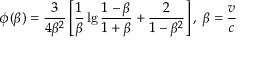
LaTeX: \phi ( \beta ) = { \frac { 3 } { 4 \beta ^ { 2 } } } \left[ { \frac { 1 } { \beta } } \lg { \frac { 1 - \beta } { 1 + \beta } } + { \frac { 2 } { 1 - \beta ^ { 2 } } } \right] , \; \beta = { \frac { v } { c } }